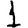
Digit: 1